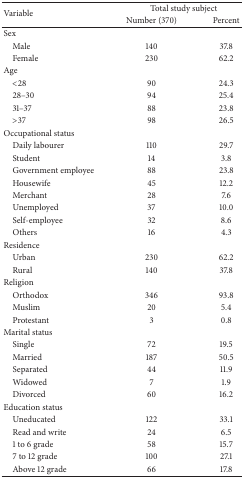
<table><thead><tr><td rowspan="2"><b>Variable</b></td><td colspan="2"><b>Total study subject </b></td></tr><tr><td><b>Number (370)</b></td><td><b>Percent </b></td></tr></thead><tbody><tr><td>Sex</td><td> </td><td> </td></tr><tr><td> Male </td><td>140</td><td>37.8</td></tr><tr><td> Female </td><td>230</td><td>62.2</td></tr><tr><td>Age</td><td> </td><td> </td></tr><tr><td> &lt;28</td><td>90</td><td>24.3</td></tr><tr><td> 28–30</td><td>94</td><td>25.4</td></tr><tr><td> 31–37</td><td>88</td><td>23.8</td></tr><tr><td> &gt;37 </td><td>98</td><td>26.5</td></tr><tr><td>Occupational status</td><td> </td><td> </td></tr><tr><td> Daily labourer</td><td>110</td><td>29.7</td></tr><tr><td> Student</td><td>14</td><td>3.8</td></tr><tr><td> Government employee</td><td>88</td><td>23.8</td></tr><tr><td> Housewife</td><td>45</td><td>12.2</td></tr><tr><td> Merchant </td><td>28</td><td>7.6</td></tr><tr><td> Unemployed </td><td>37</td><td>10.0</td></tr><tr><td> Self-employee </td><td>32</td><td>8.6</td></tr><tr><td> Others</td><td>16</td><td>4.3</td></tr><tr><td>Residence</td><td> </td><td> </td></tr><tr><td> Urban </td><td>230</td><td>62.2</td></tr><tr><td> Rural </td><td>140</td><td>37.8</td></tr><tr><td>Religion</td><td> </td><td> </td></tr><tr><td> Orthodox </td><td>346</td><td>93.8</td></tr><tr><td> Muslim </td><td>20</td><td>5.4</td></tr><tr><td> Protestant</td><td>3</td><td>0.8</td></tr><tr><td>Marital status</td><td> </td><td> </td></tr><tr><td> Single </td><td>72</td><td>19.5</td></tr><tr><td> Married </td><td>187</td><td>50.5</td></tr><tr><td> Separated </td><td>44</td><td>11.9</td></tr><tr><td> Widowed</td><td>7</td><td>1.9</td></tr><tr><td> Divorced </td><td>60</td><td>16.2</td></tr><tr><td>Education status</td><td> </td><td> </td></tr><tr><td> Uneducated </td><td>122</td><td>33.1</td></tr><tr><td> Read and write </td><td>24</td><td>6.5</td></tr><tr><td> 1 to 6 grade </td><td>58</td><td>15.7</td></tr><tr><td> 7 to 12 grade</td><td>100</td><td>27.1</td></tr><tr><td> Above 12 grade </td><td>66</td><td>17.8</td></tr></tbody></table>